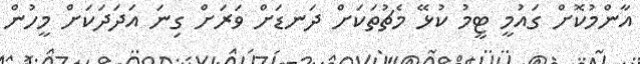
އާންމުކޮށް ގައުމީ ޓީމު ކުޅޭ މެޗުތަކަށް ދަނޑަށް ވަރަށް ގިނަ އަދަދަކަށް މީހުން